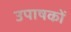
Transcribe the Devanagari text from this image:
उपाषकों